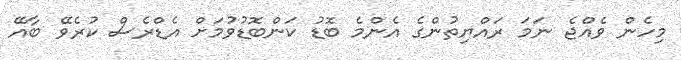
މިހެން ވެއްޖެ ނަމަ ރައްޔިތުންގެ އެންމެ ބޮޑު ކަންބޮޑުވުމަށް އެޑްރެސް ކުރެވޭ ބާއޭ